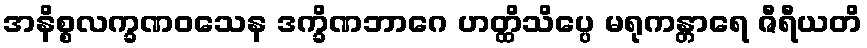
အနိစ္စလက္ခဏဝသေန ဒက္ခိဏဘာဂေ ဟတ္ထိသိပ္ပေ မရုကန္တာရေ ဇီရီယတိ